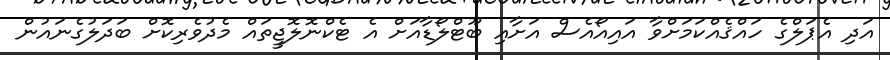
އަދި އެޕަލްގެ ހައްޤެއްކަމަށްވާ އައިއޯއެސް އަށާއި ބޫޓްލޯޑާއަށް އެ ޓެކްނޮލޮޖީތައް މެދުވެރިކޮށް ބަދަލުގެނައުން